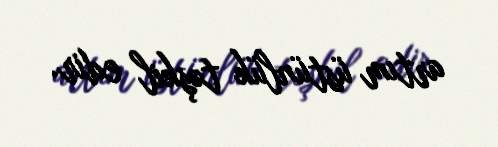
artım üstünlük təşkil edir.